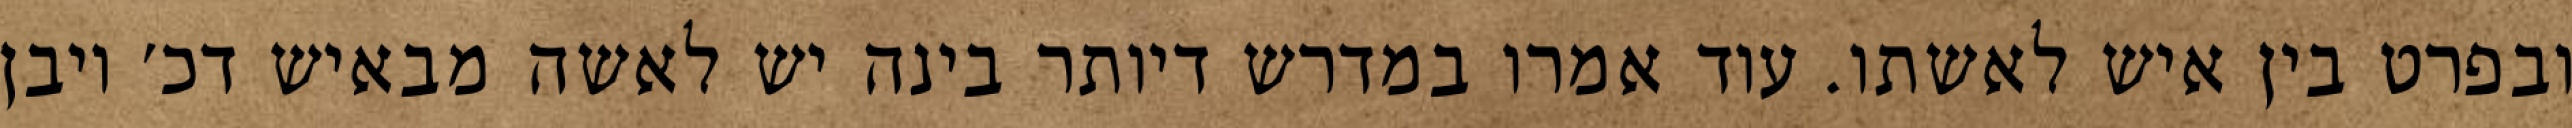
ובפרט בין איש לאשתו. עוד אמרו במדרש דיותר בינה יש לאשה מבאיש דכ׳ ויבן